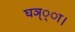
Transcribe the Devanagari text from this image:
घञ््‌ा।